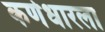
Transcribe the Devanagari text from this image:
कर्णधारला